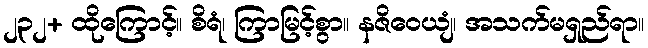
၂၃၂+ ထိုကြောင့်။ စိရံ၊ ကြာမြင့်စွာ။ နဇိဝေယျံ၊ အသက်မရှည်ရာ။